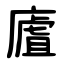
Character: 㢒